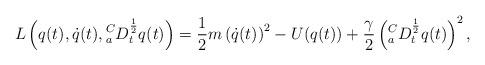
LaTeX: \begin{align*}L\left(q(t),\dot{q}(t),{_a^C D^{\frac{1}{2}}_t} q(t)\right)=\frac{1}{2}m\left(\dot{q}(t)\right)^2-U(q(t))+\frac{\gamma}{2}\left({_a^C D^{\frac{1}{2}}_t} q(t)\right)^2,\end{align*}